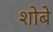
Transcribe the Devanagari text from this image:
शोबे